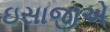
ઇસાજીએ